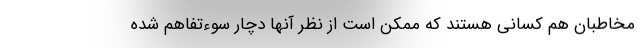
مخاطبان هم کسانی هستند که ممکن است از نظر آنها دچار سوءتفاهم شده